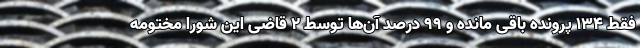
فقط ۱۳۴ پرونده باقی مانده و ۹۹ درصد آن‌ها توسط ۲ قاضی این شورا مختومه